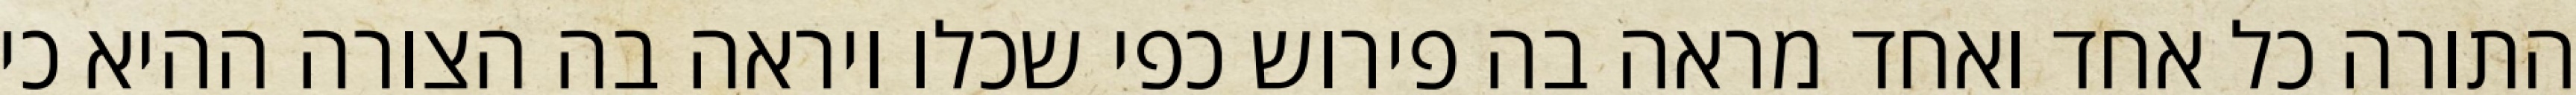
התורה כל אחד ואחד מראה בה פירוש כפי שכלו ויראה בה הצורה ההיא כי